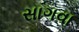
સાગવા